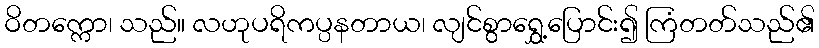
ဝိတက္ကော၊ သည်။ လဟုပရိကပ္ပနတာယ၊ လျင်စွာရွှေ့ပြောင်း၍ ကြံတတ်သည်၏